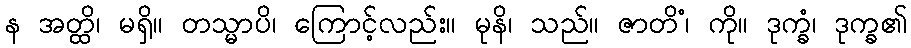
န အတ္ထိ၊ မရှိ။ တသ္မာပိ၊ ကြောင့်လည်း။ မုနိ၊ သည်။ ဇာတိံ၊ ကို။ ဒုက္ခံ၊ ဒုက္ခ၏